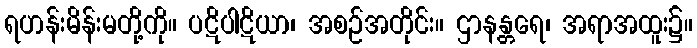
ရဟန်းမိန်းမတို့ကို။ ပဋိပါဋိယာ၊ အစဉ်အတိုင်း။ ဌာနန္တရေ၊ အရာအထူး၌။